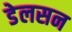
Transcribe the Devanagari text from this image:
डेलसन